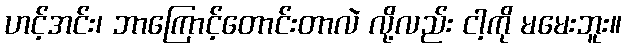
ဟင့်အင်း၊ ဘာကြောင့်တောင်းတာလဲ လို့လည်း ငါ့ကို မမေးဘူး။